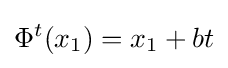
\Phi ^{t}(x_{1})=x_{1}+bt